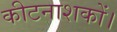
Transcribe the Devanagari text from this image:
कीटनाशकों।